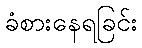
ခံစားနေရခြင်း